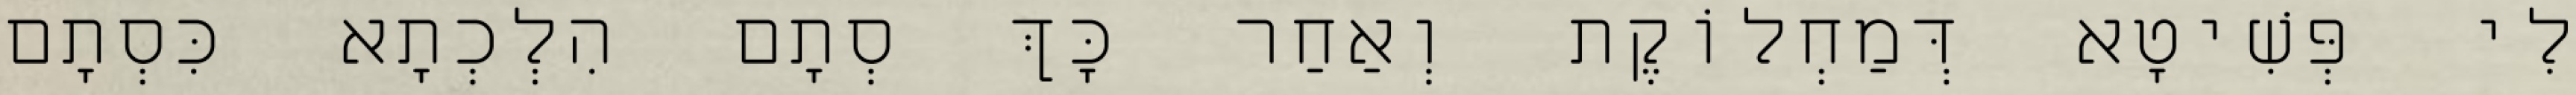
לִי פְּשִׁיטָא דְּמַחְלוֹקֶת וְאַחַר כָּךְ סְתָם הִלְכְתָא כִּסְתָם